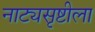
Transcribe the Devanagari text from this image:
नाट्यसृष्टीला